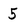
Character: 5